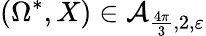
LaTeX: (\Omega^{\ast},X)\in\mathcal A_{\frac{4\pi}{3},2,\varepsilon}